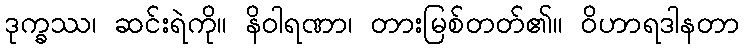
ဒုက္ခဿ၊ ဆင်းရဲကို။ နိဝါရဏာ၊ တားမြစ်တတ်၏။ ဝိဟာရဒါနတာ